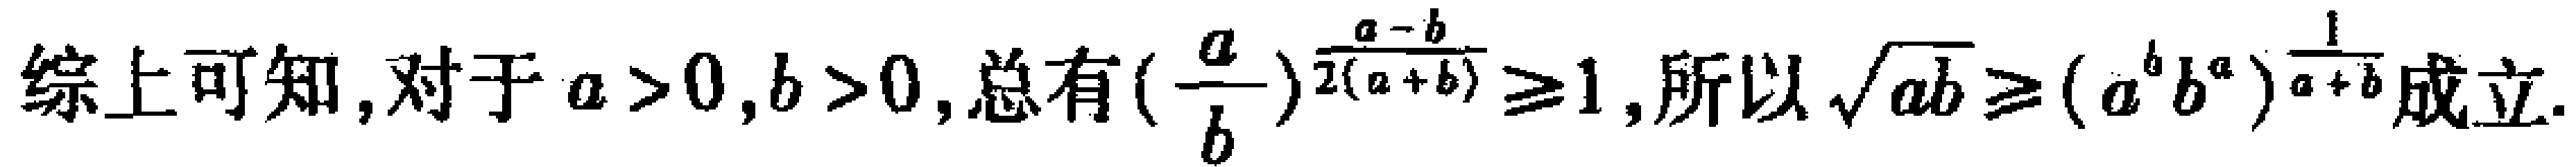
综上可知, 对于 \(a > 0, b > 0\), 总有\((\frac{a}{b})^{\frac{a - b}{2(a + b)}}\geq1\), 所以\(\sqrt{ab}\geq(a^{b}b^{a})^{\frac{1}{a + b}}\)成立.